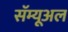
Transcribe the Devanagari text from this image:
सॅम्यूअल